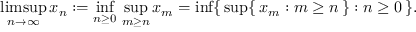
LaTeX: \operatorname* { l i m s u p } _ { n \to \infty } x _ { n } : = \operatorname* { i n f } _ { n \geq 0 } \, \operatorname* { s u p } _ { m \geq n } x _ { m } = \operatorname* { i n f } \{ \, \operatorname* { s u p } \{ \, x _ { m } : m \geq n \, \} : n \geq 0 \, \} .